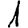
Digit: 1